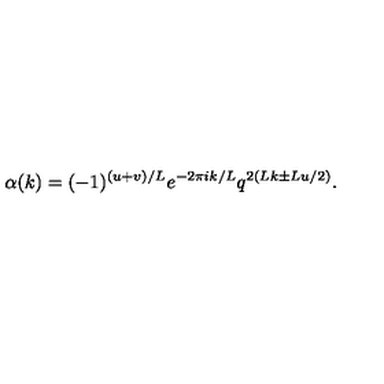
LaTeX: \alpha ( k ) = ( - 1 ) ^ { ( u + v ) / L } e ^ { - 2 \pi i k / L } q ^ { 2 ( L k \pm L u / 2 ) } .